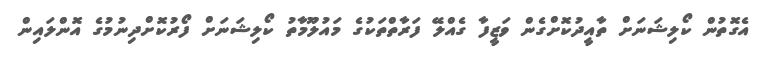
އެގޮތުން ކޯލިޝަނަށް ތާއީދުކޮށްގެން ވަޒީފާ ގެއްލޭ ފަރާތްތަކުގެ މައުލޫމާތު ކޯލިޝަނަށް ފޯރުކޮށްދިނުމުގެ އޮންލައިން